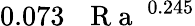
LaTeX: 0.073\, \mathrm{~\textit~{~R~a~}~}^{0.245}